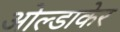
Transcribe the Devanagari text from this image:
ओल्डाकेर